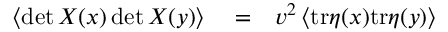
\begin{array} { r l r } { \left\langle \operatorname* { d e t } X ( x ) \operatorname* { d e t } X ( y ) \right\rangle } & { { } = } & { v ^ { 2 } \left\langle \mathrm { t r } \eta ( x ) \mathrm { t r } \eta ( y ) \right\rangle } \end{array}